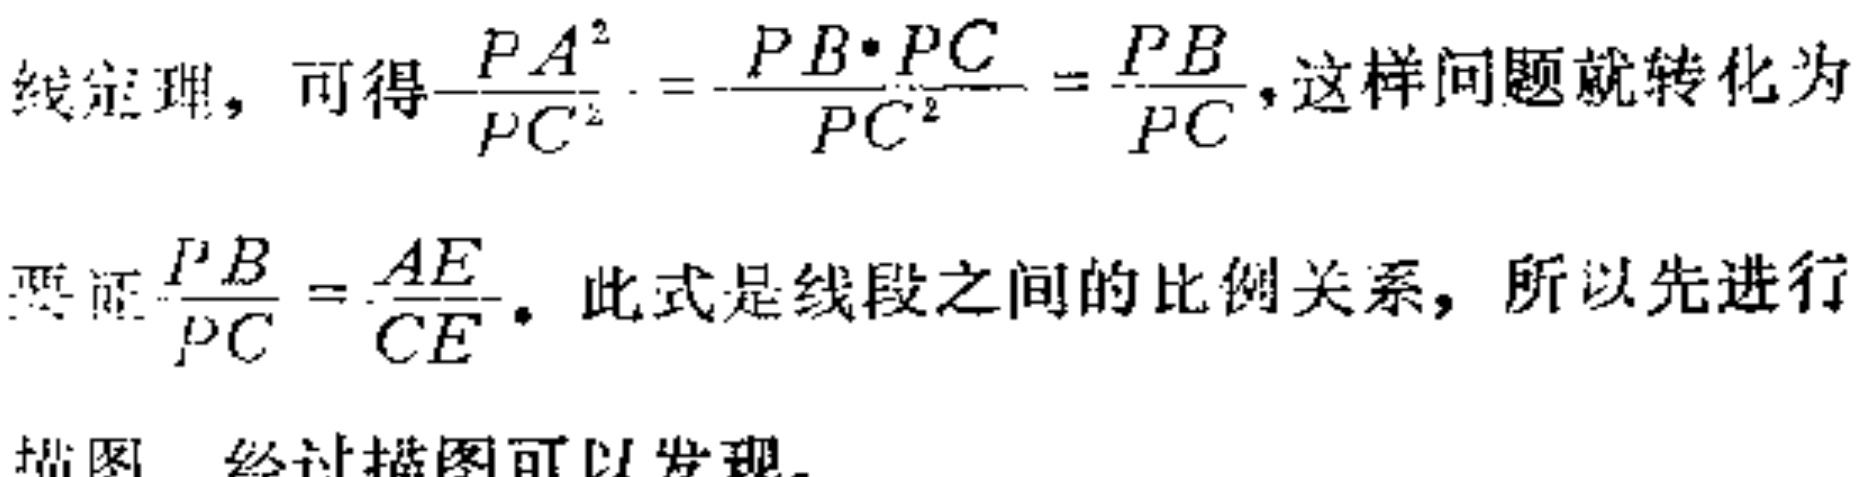
线定理，可得$\frac{PA^{2}}{PC^{2}} = \frac{PB\cdot PC}{PC^{2}} = \frac{PB}{PC}$，这样问题就转化为
要证$\frac{PB}{PC} = \frac{AE}{CE}$。此式是线段之间的比例关系，所以先进行
描图，经过描图可以发现，